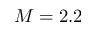
M = 2 . 2